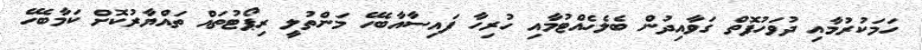
ހަމަކުރުމާއި ދުވަހުފޮތް ގަވާއިދުން ބެލެހެއްޓުމާއި ހުރިހާ ފައިސާއާބެހޭ މަންތުލީ ރިޕޯޓުތައް ތައްޔާރުކޮށް ކަމާބެހޭ